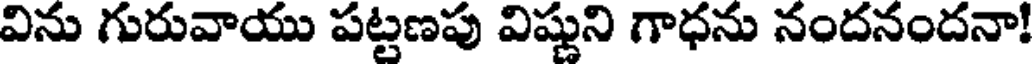
విను గురువాయు పట్టణపు విష్ణుని గాధను నందనందనా!